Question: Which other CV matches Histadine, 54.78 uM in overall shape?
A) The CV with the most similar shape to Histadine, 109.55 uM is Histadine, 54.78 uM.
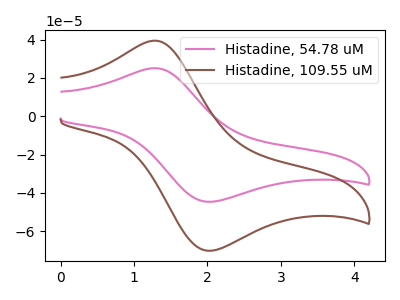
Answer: <think>The pink curve "Histadine, 54.78 uM" has an anodic peak at (1.30V, 25.10uA) and a cathodic peak at (2.05V, -44.60uA). The brown curve "Histadine, 109.55 uM" has an anodic peak at (1.30V, 39.45uA) and a cathodic peak at (2.05V, -70.15uA).
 All the peaks in "Histadine, 54.78 uM" have a peak in "Histadine, 109.55 uM" at the same potential. Every peak in "Histadine, 54.78 uM" is lower than every peak in "Histadine, 109.55 uM".</think>
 <answer>A) The CV with the most similar shape to "Histadine, 109.55 uM" is "Histadine, 54.78 uM".</answer>
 <eval>A</eval>